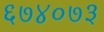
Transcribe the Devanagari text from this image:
६७४०७३